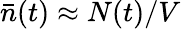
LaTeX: \bar{n}(t)\approx{N(t)}/{V}